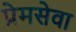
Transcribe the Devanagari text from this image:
प्रेमसेवा